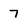
Character: 7